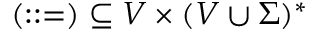
( : : = ) \subseteq V \times ( V \cup \Sigma ) ^ { * }